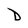
Character: D